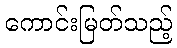
ကောင်းမြတ်သည့်